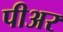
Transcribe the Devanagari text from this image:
पीअर